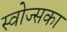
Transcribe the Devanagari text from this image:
स्वोज्सका